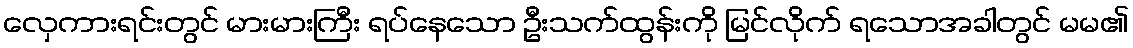
လှေကားရင်းတွင် မားမားကြီး ရပ်နေသော ဦးသက်ထွန်းကို မြင်လိုက် ရသောအခါတွင် မမ၏